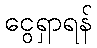
ငွေရှာရန်